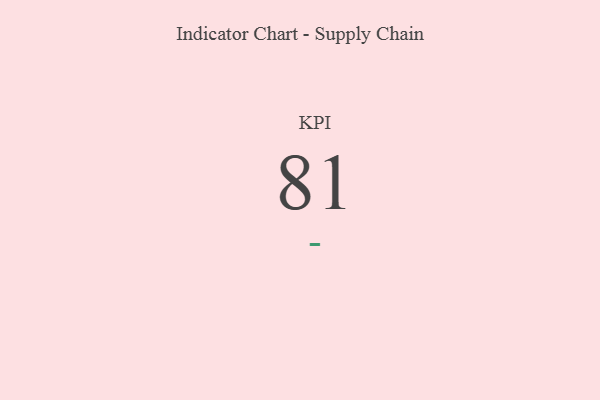
{"axis": {"x": "KPI", "y": "Value"}, "legend": [""], "data": [{"x": "KPI", "y": 81, "type": ""}]}